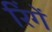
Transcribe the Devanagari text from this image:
रिंगें